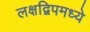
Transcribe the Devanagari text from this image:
लक्षद्विपमध्ये